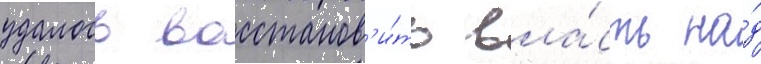
удалось восстанов'и́ть вла́сть на́д